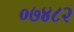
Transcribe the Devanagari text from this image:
०७४८२